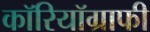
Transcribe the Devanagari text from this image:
कॉरियॉग्राफी